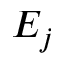
E _ { j }